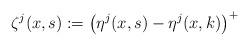
LaTeX: \begin{align*}\zeta^j(x,s):=\left(\eta^j(x,s)-\eta^j(x,k)\right)^+\end{align*}